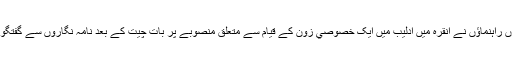
دونوں راہنماؤں نے انقرہ میں ادلیب میں ایک خصوصي زون کے قیام سے متعلق منصوبے پر بات چیت کے بعد نامہ نگاروں سے گفتگو کی۔